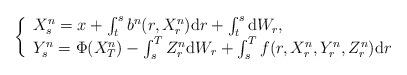
LaTeX: \begin{align*}\left\{\begin{array}{l}X_s^{n} = x + \int_t^s b^n(r,X_r^{n}) \mathrm dr +\int_t^s \mathrm dW_r,\\ Y_s^{n} = \Phi( X_T^{n}) - \int_s^T Z^n_r \mathrm dW_r + \int_s^T f(r,X^n_r, Y_r^{n},Z_r^n) \mathrm dr\end{array}\right.\end{align*}